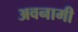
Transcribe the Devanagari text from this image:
अवनामी